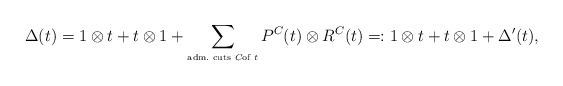
LaTeX: \begin{align*}\Delta(t)=1\otimes t+ t\otimes 1+ \sum_{\mbox{\tiny adm.~cuts $C$of $t$}}P^{C}(t)\otimes R^C(t)=:1\otimes t+t\otimes1+\Delta^\prime(t),\end{align*}